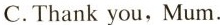
C.Thank you, Mum.